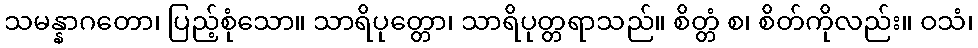
သမန္နာဂတော၊ ပြည့်စုံသော။ သာရိပုတ္တော၊ သာရိပုတ္တရာသည်။ စိတ္တံ စ၊ စိတ်ကိုလည်း။ ဝသံ၊